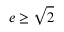
e \geq { \sqrt { 2 } }